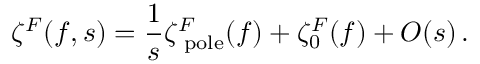
\zeta ^ { F } ( f , s ) = \frac 1 s \zeta _ { \mathrm { \scriptsize ~ p o l e } } ^ { F } ( f ) + \zeta _ { 0 } ^ { F } ( f ) + O ( s ) \, .